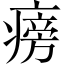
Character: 𤹔